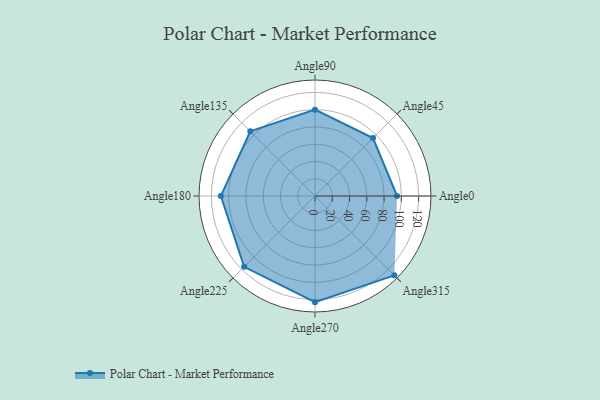
{"axis": {"x": "Angle", "y": "Radius"}, "legend": [""], "data": [{"x": "Angle0", "y": 95.0, "type": ""}, {"x": "Angle45", "y": 95.0, "type": ""}, {"x": "Angle90", "y": 100.0, "type": ""}, {"x": "Angle135", "y": 106.0, "type": ""}, {"x": "Angle180", "y": 109.0, "type": ""}, {"x": "Angle225", "y": 116.0, "type": ""}, {"x": "Angle270", "y": 123.0, "type": ""}, {"x": "Angle315", "y": 130.0, "type": ""}]}